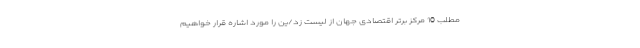
مطلب 10 مرکز برتر اقتصادی جهان از لیست زد/ین را مورد اشاره قرار خواهیم